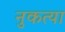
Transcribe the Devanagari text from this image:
नुकत्या